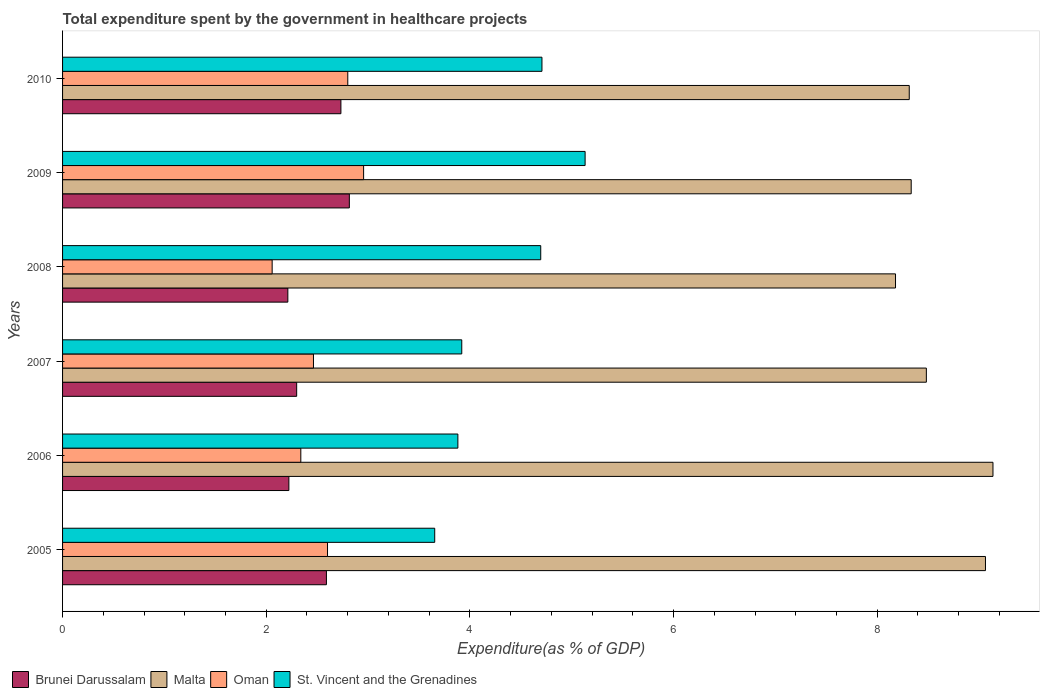
| Years | Brunei Darussalam | Malta | Oman | St. Vincent and the Grenadines |
 | --- | --- | --- | --- | --- |
 | 2005 | 2.59 | 9.06 | 2.6 | 3.65 |
 | 2006 | 2.22 | 9.14 | 2.34 | 3.88 |
 | 2007 | 2.3 | 8.48 | 2.46 | 3.92 |
 | 2008 | 2.21 | 8.18 | 2.06 | 4.7 |
 | 2009 | 2.82 | 8.33 | 2.96 | 5.13 |
 | 2010 | 2.73 | 8.31 | 2.8 | 4.71 |